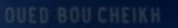
OUED BOUCHEIKH